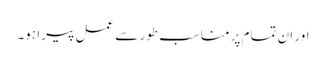
اور ان تمام پر مناسب طور سے عمل پیرا ہو۔